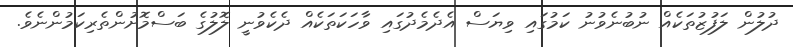
ދުލުން ލަފުޒުތަކެއް ނުބުނެވުނު ކަމުގައި ވިޔަސް އެދެމެދުގައި ވާހަކަތަކެއް ދެކެވުނީ ލޮލުގެ ބަސްމޮށުންތެރިކަމުންނެވެ.